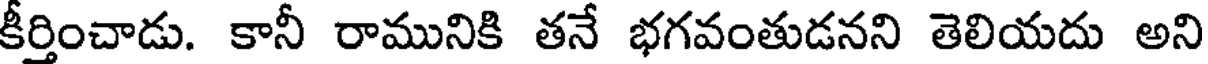
కీర్తించాడు. కానీ రామునికి తనే భగవంతుడనని తెలియదు అని